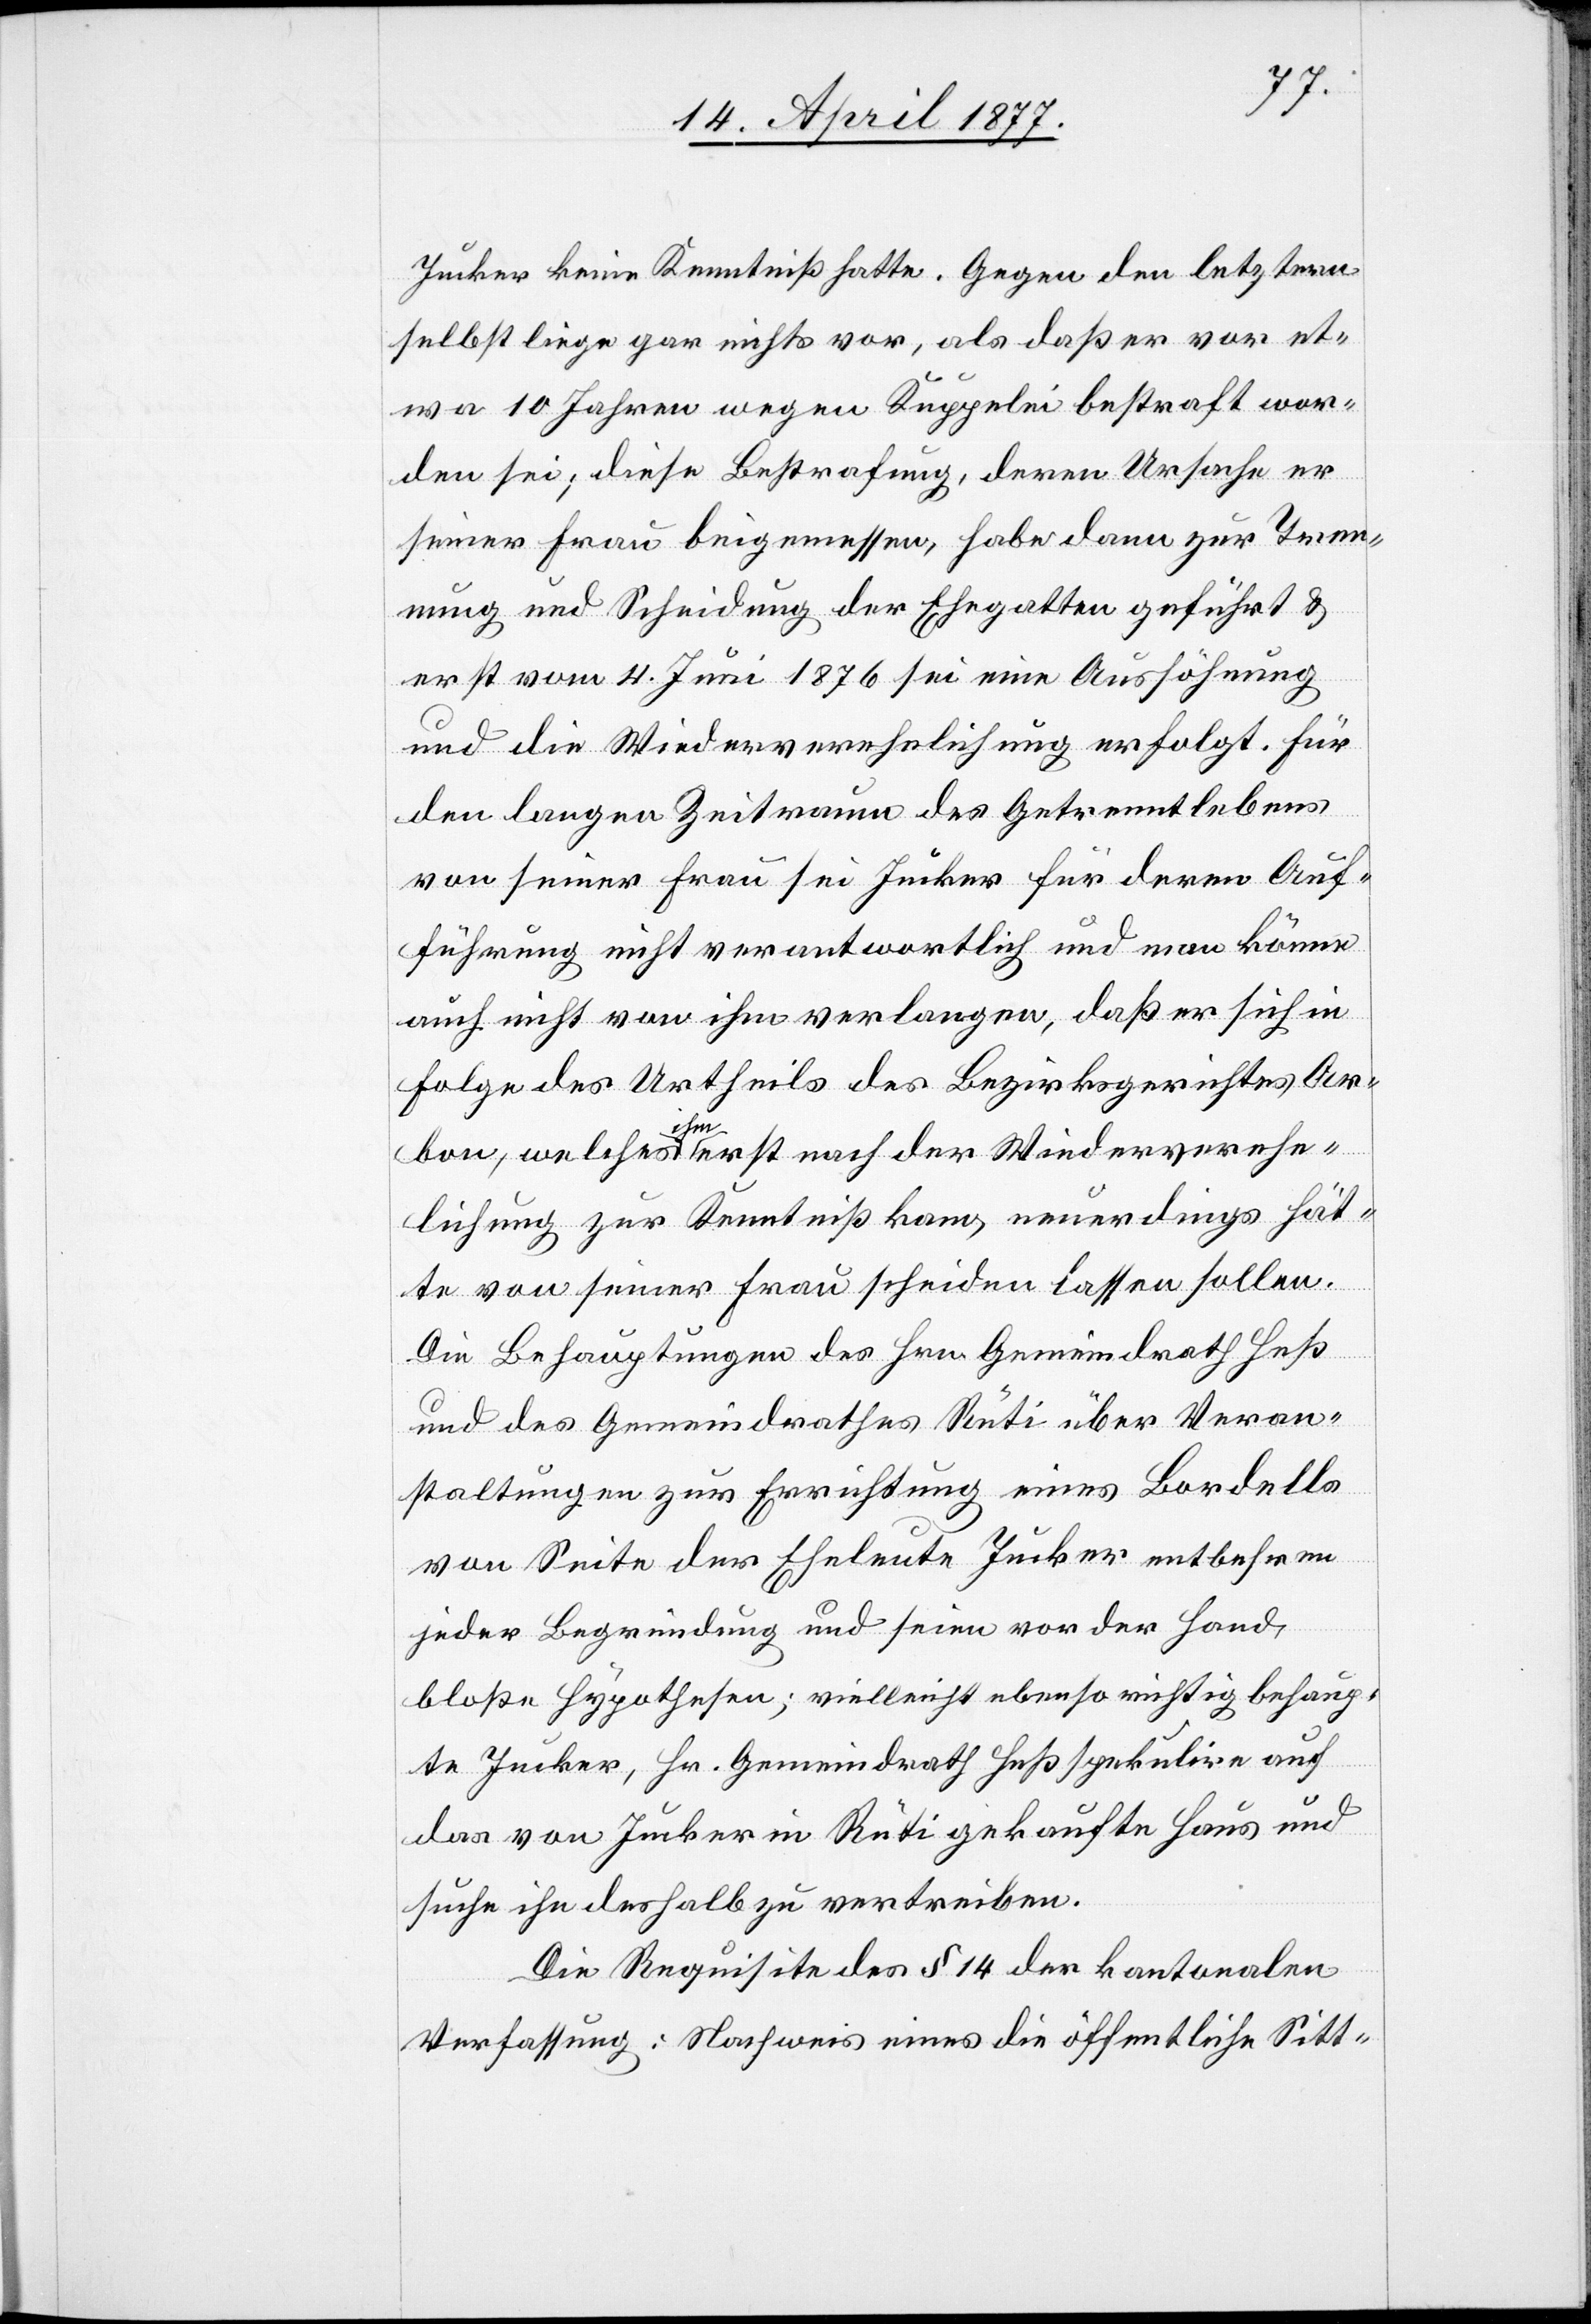
Jucker keine Kenntniß hatte. Gegen den letztern
selbst liege gar nichts vor, als daß er vor et¬
wa 10 Jahren wegen Kuppelei bestraft wor¬
den sei; diese Bestrafung, deren Ursache er
seiner Frau beigemessen, habe dann zur Tren¬
nung und Scheidung der Ehegatten geführt &
erst vom 4. Juni 1876 sei eine Aussöhnung
und die Wiederverehelichung erfolgt. Für
den langen Zeitraum des Getrenntlebens
von seiner Frau sei Jucker für deren Auf¬
führung nicht verantwortlich und man könne
auch nicht von ihm verlangen, daß er sich in
Folge des Urtheils des Bezirksgerichtes Ar¬
bon, welches ihm erst nach der Wiederverehe¬
lichung zur Kenntniß kam, neuerdings hät¬
te von seiner Frau scheiden lassen sollen.
Die Behauptungen des Hrn. Gemeindrath Heß
und des Gemeindrathes Rüti über Veran¬
staltungen zur Errichtung eines Bordells
von Seite der Eheleute Jucker entbehren
jeder Begründung und seien vor der Hand,
bloße Hypothesen; vielleicht ebenso richtig behaup¬
te Jucker, Hr. Gemeindrath Heß spekulire auf
das von Jucker in Rüti gekaufte Haus und
suche ihn deshalb zu vertreiben.
Die Requisite des § 14 der kantonalen
Verfassung: Nachweis eines die öffentliche Sitt-